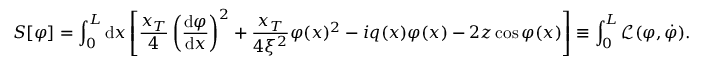
S [ \varphi ] = \int _ { 0 } ^ { L } \mathrm { d } x \left[ \frac { x _ { T } } { 4 } \left( \frac { \mathrm { d } \varphi } { \mathrm { d } x } \right) ^ { 2 } + \frac { x _ { T } } { 4 \xi ^ { 2 } } \varphi ( x ) ^ { 2 } - i q ( x ) \varphi ( x ) - 2 z \cos \varphi ( x ) \right] \equiv \int _ { 0 } ^ { L } \mathcal { L } ( \varphi , \dot { \varphi } ) .